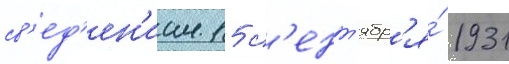
св'ед'ен'иам 15 с'ент'ябр'я́ 1931